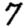
Digit: 7